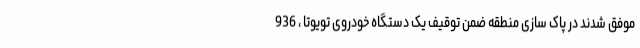
موفق شدند در پاک سازی منطقه ضمن توقیف یک دستگاه خودروی تویوتا ، 936